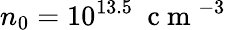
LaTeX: n_{0}=10^{13.5}~\mathrm{~c~m~}^{-3}